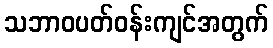
သဘာဝပတ်ဝန်းကျင်အတွက်